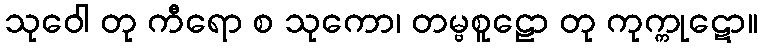
သုဝေါ တု ကီရော စ သုကော၊ တမ္ဗစူဠော တု ကုက္ကုဋော။